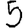
Digit: 5